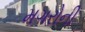
મગરોની